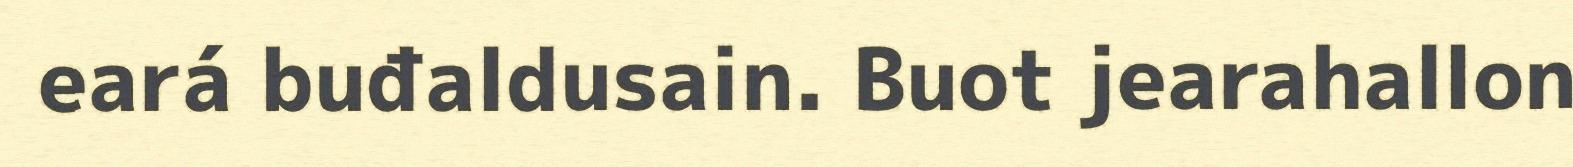
eará buđaldusain. Buot jearahallon